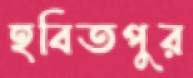
হবিতপুর